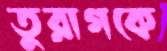
তুরাগকে